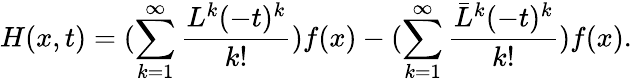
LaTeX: H(x,t)=(\sum_{k=1}^{\infty}\frac{{L}^{k}(-t)^{k}}{k!})f(x)-(\sum_{k=1}^{\infty}\frac{{\bar{L}}^{k}(-t)^{k}}{k!})f(x).